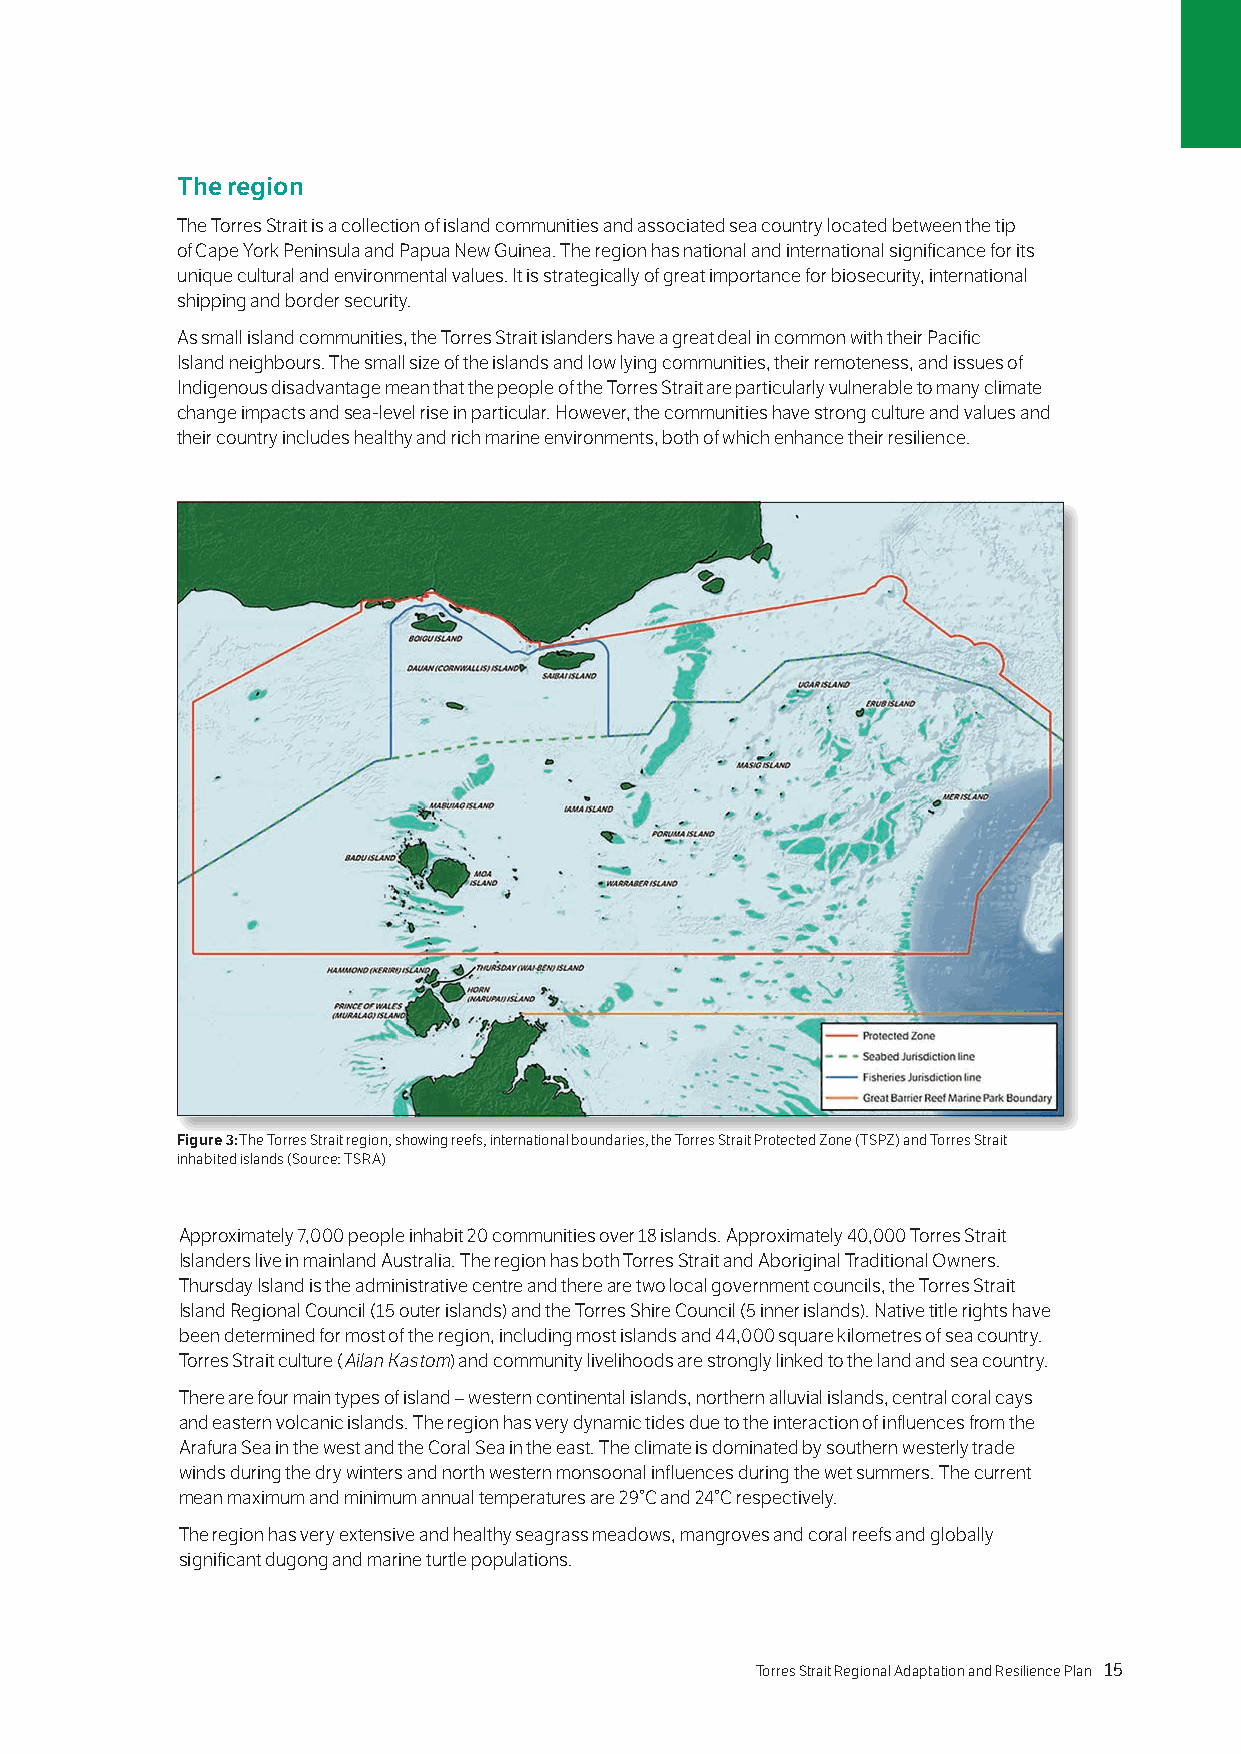
The region
 The Torres Strait is a collection of island communities and associated sea country located between the tip
 of Cape York Peninsula and Papua New Guinea. The region has national and international significance for its
 unique cultural and environmental values. It is strategically of great importance for biosecurity, international
 shipping and border security.
 As small island communities, the Torres Strait islanders have a great deal in common with their Pacific
 Island neighbours. The small size of the islands and low lying communities, their remoteness, and issues of
 Indigenous disadvantage mean that the people of the Torres Strait are particularly vulnerable to many climate
 change impacts and sea-level rise in particular. However, the communities have strong culture and values and
 their country includes healthy and rich marine environments, both of which enhance their resilience.
 Figure 3: The Torres Strait region, showing reefs, international boundaries, the Torres Strait Protected Zone (TSPZ) and Torres Strait
 inhabited islands (Source: TSRA)
 Approximately 7,000 people inhabit 20 communities over 18 islands. Approximately 40,000 Torres Strait
 Islanders live in mainland Australia. The region has both Torres Strait and Aboriginal Traditional Owners.
 Thursday Island is the administrative centre and there are two local government councils, the Torres Strait
 Island Regional Council (15 outer islands) and the Torres Shire Council (5 inner islands). Native title rights have
 been determined for most of the region, including most islands and 44,000 square kilometres of sea country.
 Torres Strait culture (Ailan Kastom) and community livelihoods are strongly linked to the land and sea country.
 There are four main types of island – western continental islands, northern alluvial islands, central coral cays
 and eastern volcanic islands. The region has very dynamic tides due to the interaction of influences from the
 Arafura Sea in the west and the Coral Sea in the east. The climate is dominated by southern westerly trade
 winds during the dry winters and north western monsoonal influences during the wet summers. The current
 mean maximum and minimum annual temperatures are 29°C and 24°C respectively.
 The region has very extensive and healthy seagrass meadows, mangroves and coral reefs and globally
 significant dugong and marine turtle populations.
 14 Torres Strait Regional Adaptation and Resilience Plan Torres Strait Regional Adaptation and Resilience Plan 15